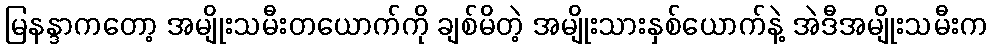
မြနန္ဒာကတော့ အမျိုးသမီးတယောက်ကို ချစ်မိတဲ့ အမျိုးသားနှစ်ယောက်နဲ့ အဲဒီအမျိုးသမီးက